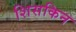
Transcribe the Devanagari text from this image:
शिसकिन